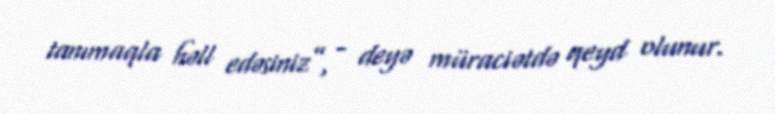
tanımaqla həll edəsiniz”, - deyə müraciətdə qeyd olunur.